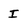
Character: I